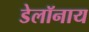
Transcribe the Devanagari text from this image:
डेलॉनाय